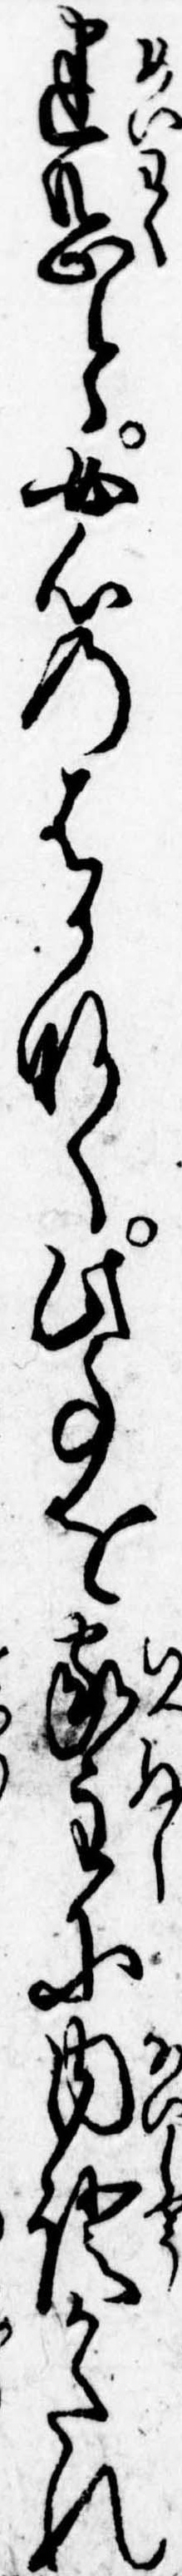
迷惑と女心のはかなく此事を家主に内証かたれ